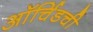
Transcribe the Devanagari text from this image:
ऑर्चिडची